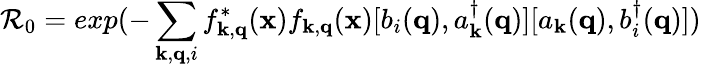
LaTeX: {\mathcal{R}}_{0}=exp(-\sum_{{\mathbf{k}},{\mathbf{q}},i}f_{{\mathbf{k}},{\mathbf{q}}}^{*}({\mathbf{x}})f_{{\mathbf{k}},{\mathbf{q}}}({\mathbf{x}})[b_{i}({\mathbf{q}}),a_{{\mathbf{k}}}^{\dagger}({\mathbf{q}})][a_{{\mathbf{k}}}({\mathbf{q}}),b_{i}^{\dagger}({\mathbf{q}})])